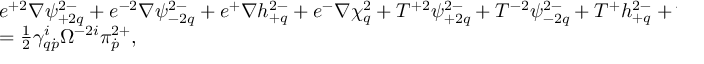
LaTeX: \begin{array} { l } { { e ^ { + 2 } \nabla \psi _ { + 2 q } ^ { 2 - } + e ^ { - 2 } \nabla \psi _ { - 2 q } ^ { 2 - } + e ^ { + } \nabla h _ { + q } ^ { 2 - } + e ^ { - } \nabla \chi _ { q } ^ { 2 } + T ^ { + 2 } \psi _ { + 2 q } ^ { 2 - } + T ^ { - 2 } \psi _ { - 2 q } ^ { 2 - } + T ^ { + } h _ { + q } ^ { 2 - } + T ^ { - } \chi _ { q } ^ { 2 } } } \\ { { = \frac 1 2 \gamma _ { q \dot { p } } ^ { i } \Omega ^ { - 2 i } \pi _ { \dot { p } } ^ { 2 + } , } } \end{array}